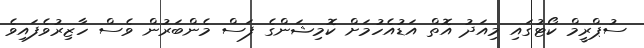
ސުޕްރީމް ކޯޓުގައި މިއަދު އޮތް އަޑުއެހުމަށް ކޮމިޝަންގެ ފަސް މެންބަރުން ވެސް ހާޒިރުވެފައިވެ